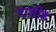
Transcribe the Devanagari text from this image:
दाशीह